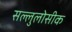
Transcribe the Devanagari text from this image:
सल्लुलोसीक